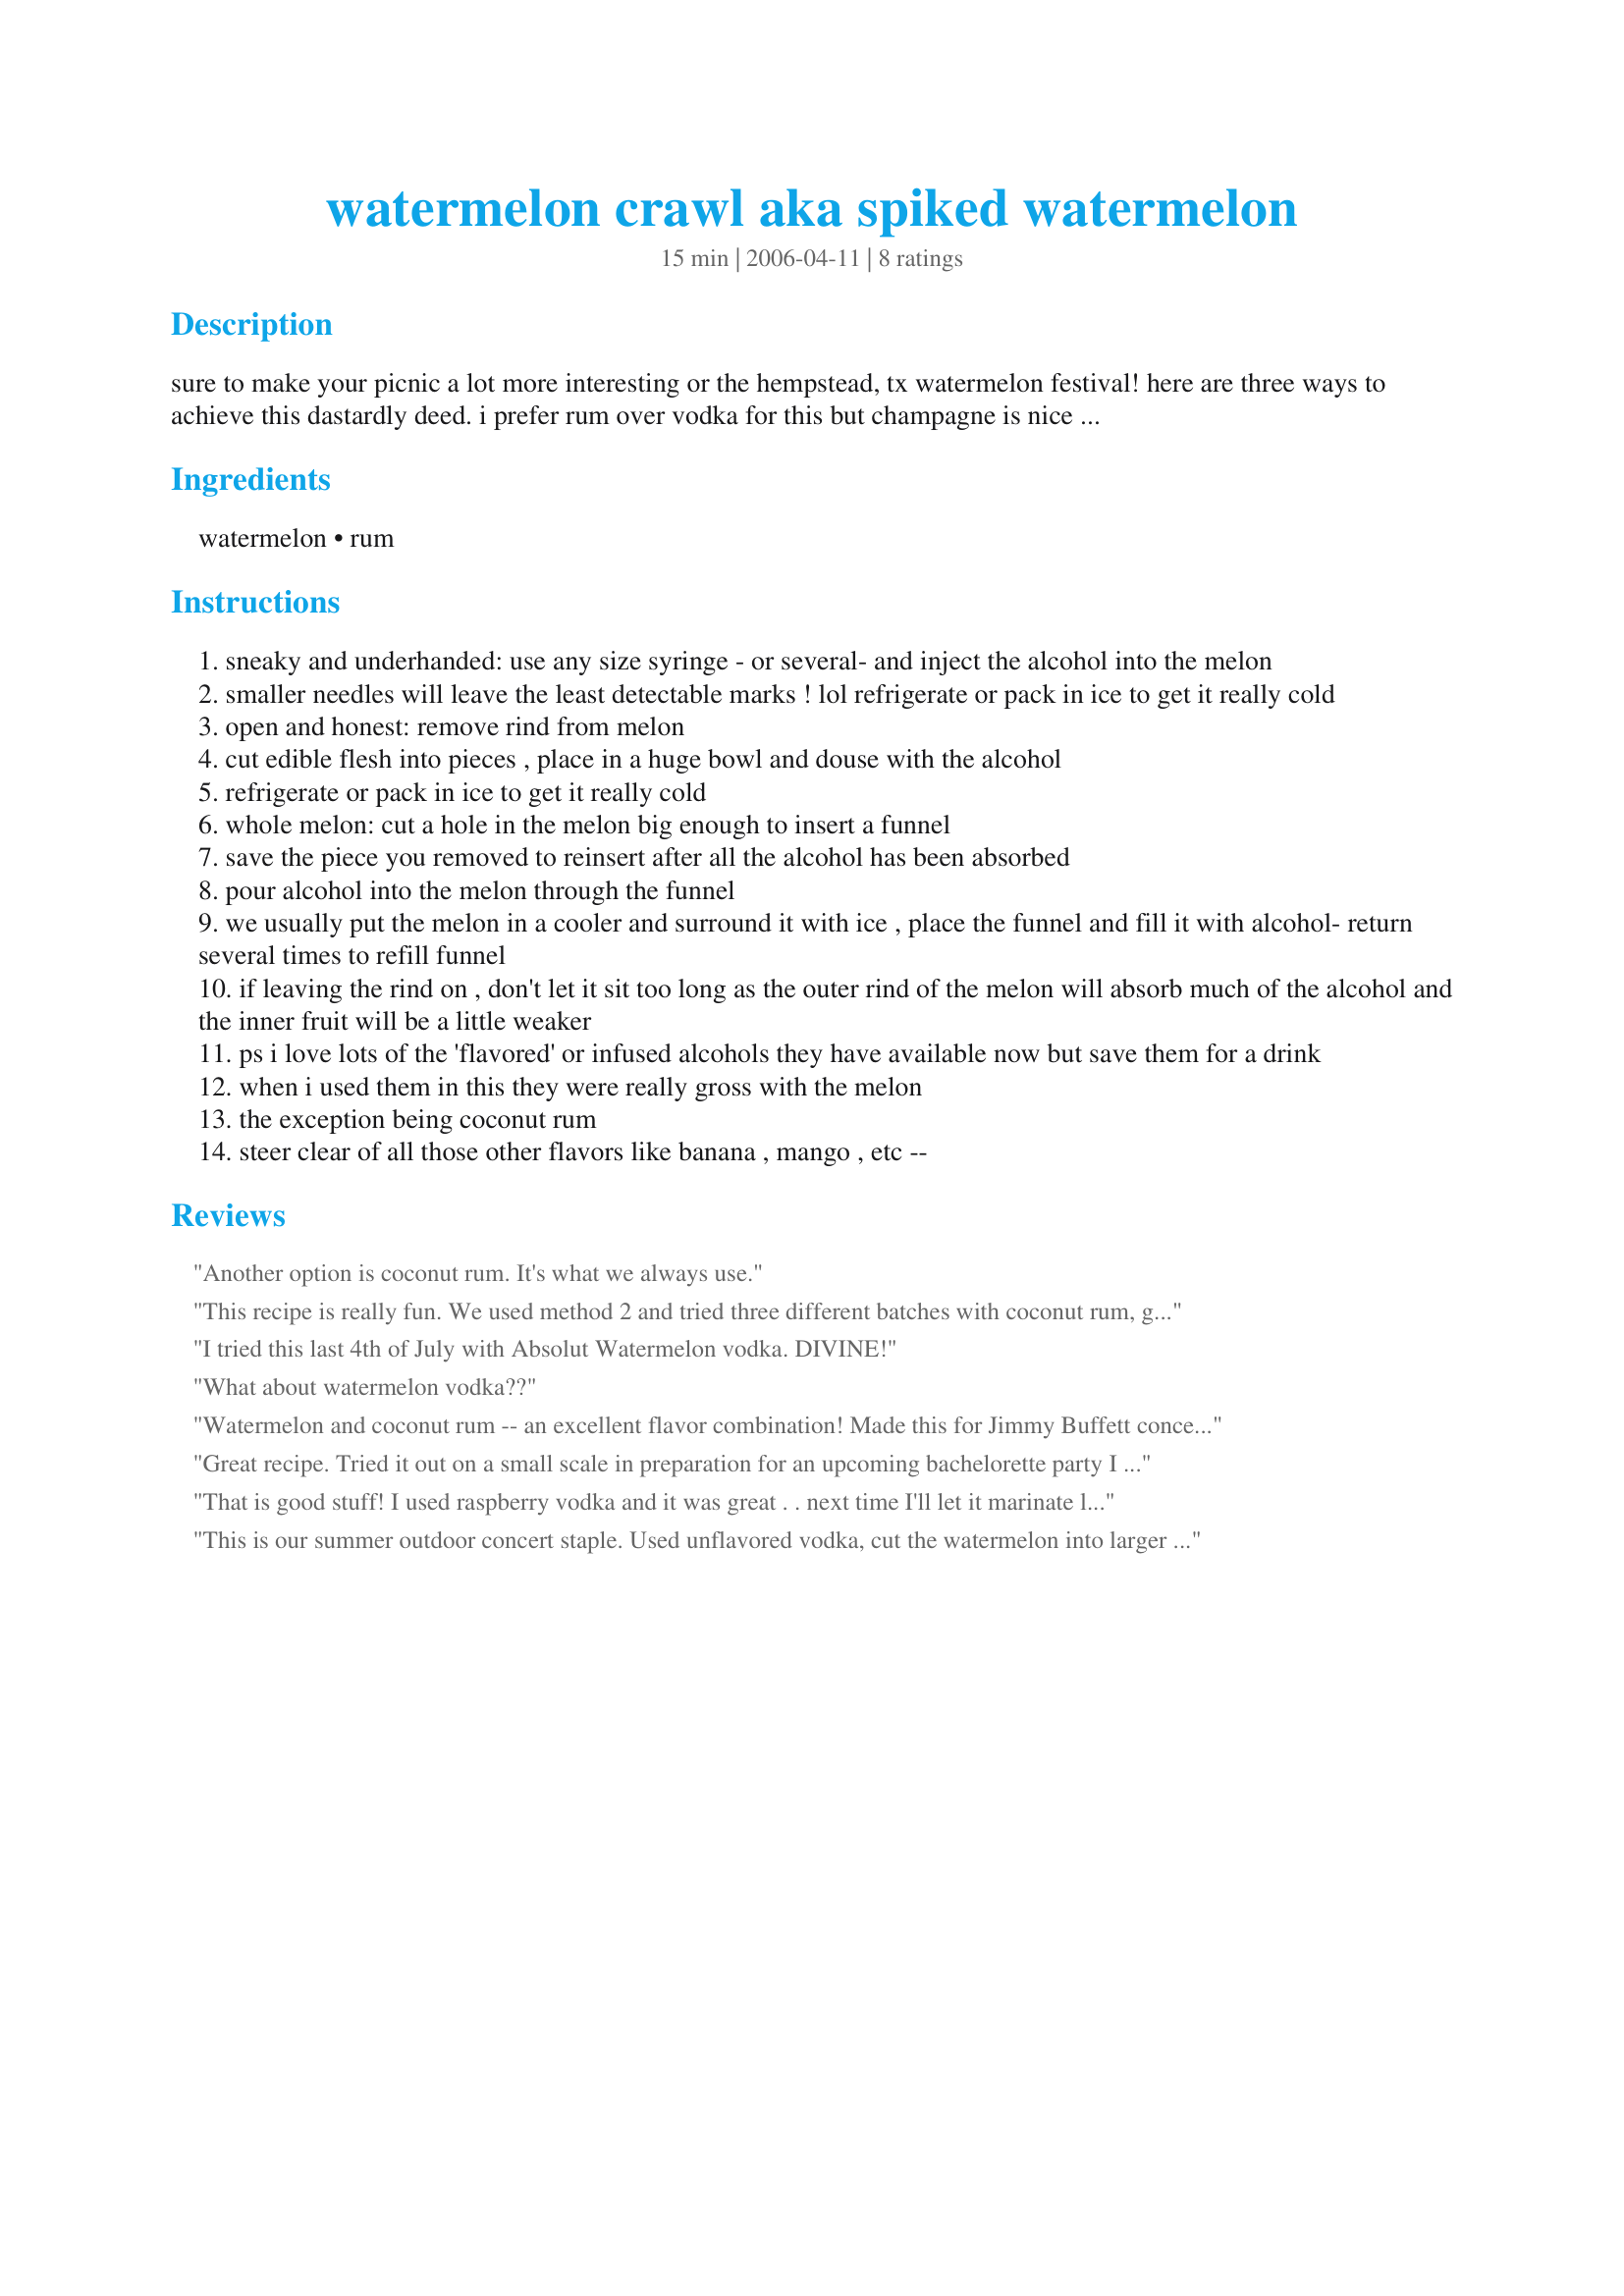
watermelon crawl aka spiked watermelon
Preparation time: 15 minutes

sure to make your picnic a lot more interesting or the hempstead, tx watermelon festival! here are three ways to achieve this dastardly deed. i prefer rum over vodka for this but champagne is nice too especially with the open and honest method. update: i tried this recently with vanilla vodka and omg! it was fab!

but first- rinse the whole melon to remove any dirt or icky stuff that might be on the skin- seen or unseen! ewwww!!!! i never used to do this part until i saw a large dog "marking" the watermelons! ewwwwwww! now i wash them very well! ugh!

now all that is left to do is to choose which method you would like to use!

cooking time does not include the hours of cooling.

have a great time!

Ingredients:
watermelon, rum

Steps:
sneaky and underhanded: use any size syringe - or several- and inject the alcohol into the melon
smaller needles will leave the least detectable marks ! lol refrigerate or pack in ice to get it really cold
open and honest: remove rind from melon
cut edible flesh into pieces , place in a huge bowl and douse with the alcohol
refrigerate or pack in ice to get it really cold
whole melon: cut a hole in the melon big enough to insert a funnel
save the piece you removed to reinsert after all the alcohol has been absorbed
pour alcohol into the melon through the funnel
we usually put the melon in a cooler and surround it with ice , place the funnel and fill it with alcohol- return several times to refill funnel
if leaving the rind on , don't let it sit too long as the outer rind of the melon will absorb much of the alcohol and the inner fruit will be a little weaker
ps i love lots of the 'flavored' or infused alcohols they have available now but save them for a drink
when i used them in this they were really gross with the melon
the exception being coconut rum
steer clear of all those other flavors like banana , mango , etc --

Reviews:
Another option is coconut rum. It's what we always use.
This recipe is really fun. We used method 2 and tried three different batches with coconut rum, gin, and Grand Marnier. The Grand Marnier one was the hands down favorite! Next time we want to try it with tequila too. Thanks!
I tried this last 4th of July with Absolut Watermelon vodka. DIVINE!
What about watermelon vodka??
Watermelon and coconut rum -- an excellent flavor combination! Made this for Jimmy Buffett concert and will make again!
Great recipe. Tried it out on a small scale in preparation for an upcoming bachelorette party I am planning. I used chunks and regular white rum and they were "cooked" shall we say in 2 hours. THANKS! I will definitely use this recipe again for the party.
That is good stuff! I used raspberry vodka and it was great . . next time I'll let it marinate longer. Thanks for sharing!
This is our summer outdoor concert staple. Used unflavored vodka, cut the watermelon into larger cubes, placed in a gallon-sized bag, &amp; left it in the fridge for 3 days before the concert. Woo hooo!. A definite winner! Word of advice: Have a designated driver; this stuff is potent!
